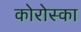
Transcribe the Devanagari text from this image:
कोरोस्का